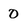
Character: 0